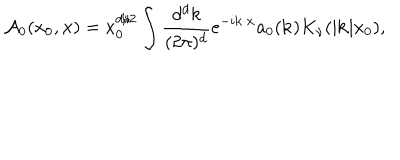
{ \cal A } _ { 0 } ( x _ { 0 } , { \bf x } ) = x _ { 0 } ^ { d / 2 } \int { \frac { d ^ { d } k } { ( 2 \pi ) ^ { d } } } e ^ { - i { \bf k } \cdot { \bf x } } a _ { 0 } ( { \bf k } ) K _ { \nu } ( | { \bf k } | x _ { 0 } ) ,